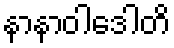
နာနာဝါဒေါတိ